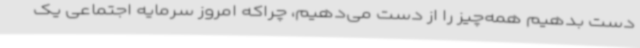
دست بدهیم همه‌چیز را از دست می‌دهیم، چراکه امروز سرمایه اجتماعی یک